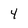
Character: 4